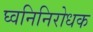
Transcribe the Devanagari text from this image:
घ्वनिनिरोधक